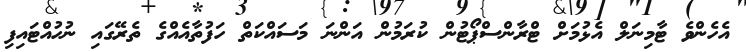
އެހެންވެ ޓާމިނަލް އެޅުމަށް ޓްރާންސްޕޯޓުން ކުރަމުން އަންނަ މަސައްކަތް ހަފުތާއެއްގެ ތެރޭގައި ނުހުއްޓައިފި